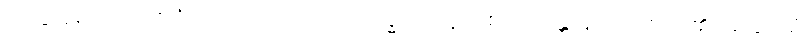
အခြံအရံပရိသတ်၌ လည်းကောင်း။ ဗဟိဒ္ဓ ဝါ၊ သူတစ်ပါးသန္တာန်သူတစ်ပါး၏ အခြံအရံ